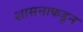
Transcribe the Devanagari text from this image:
शासनाकडुन